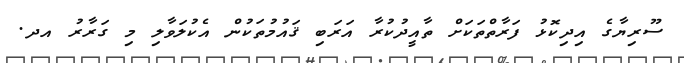
ސޫރިޔާގެ އިދިކޮޅު ފަރާތްތަކަށް ތާއީދުކުރާ އަރަބި ޤައުމުތަކުން އެކުލަވާލި މި ގަރާރު އދ.